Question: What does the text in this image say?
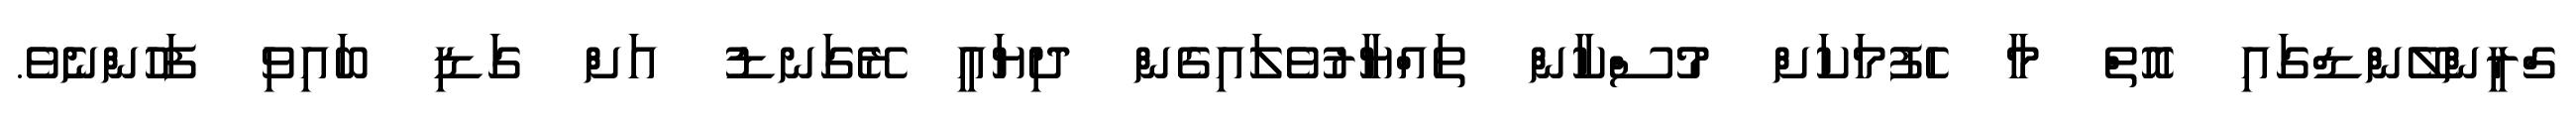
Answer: ގްރީންލޭންޑްގައި އޮތް މާ ހެފުމަކަށް މުސްކާން ތައްޔާރުވެލައިގެން ދިޔައީ ރޭގަނޑު އަށް ގަޑި ބައިވި ފަހުންނެވެ.